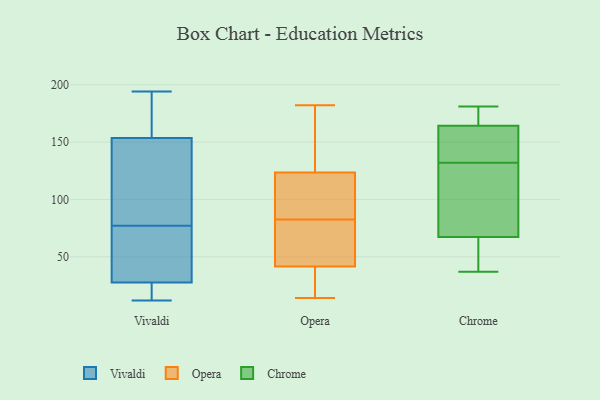
{"axis": {"x": "Inventory Turnover", "y": "Value"}, "legend": ["Chrome", "Opera", "Vivaldi"], "data": [{"x": "", "y": 51, "type": "Vivaldi"}, {"x": "", "y": 152, "type": "Vivaldi"}, {"x": "", "y": 159, "type": "Vivaldi"}, {"x": "", "y": 12, "type": "Vivaldi"}, {"x": "", "y": 183, "type": "Vivaldi"}, {"x": "", "y": 110, "type": "Vivaldi"}, {"x": "", "y": 38, "type": "Vivaldi"}, {"x": "", "y": 159, "type": "Vivaldi"}, {"x": "", "y": 69, "type": "Vivaldi"}, {"x": "", "y": 18, "type": "Vivaldi"}, {"x": "", "y": 194, "type": "Vivaldi"}, {"x": "", "y": 51, "type": "Vivaldi"}, {"x": "", "y": 18, "type": "Vivaldi"}, {"x": "", "y": 19, "type": "Vivaldi"}, {"x": "", "y": 24, "type": "Vivaldi"}, {"x": "", "y": 79, "type": "Vivaldi"}, {"x": "", "y": 77, "type": "Vivaldi"}, {"x": "", "y": 113, "type": "Vivaldi"}, {"x": "", "y": 154, "type": "Vivaldi"}, {"x": "", "y": 45, "type": "Opera"}, {"x": "", "y": 182, "type": "Opera"}, {"x": "", "y": 50, "type": "Opera"}, {"x": "", "y": 31, "type": "Opera"}, {"x": "", "y": 81, "type": "Opera"}, {"x": "", "y": 107, "type": "Opera"}, {"x": "", "y": 144, "type": "Opera"}, {"x": "", "y": 38, "type": "Opera"}, {"x": "", "y": 163, "type": "Opera"}, {"x": "", "y": 14, "type": "Opera"}, {"x": "", "y": 84, "type": "Opera"}, {"x": "", "y": 54, "type": "Opera"}, {"x": "", "y": 18, "type": "Opera"}, {"x": "", "y": 126, "type": "Opera"}, {"x": "", "y": 121, "type": "Opera"}, {"x": "", "y": 99, "type": "Opera"}, {"x": "", "y": 176, "type": "Opera"}, {"x": "", "y": 17, "type": "Opera"}, {"x": "", "y": 51, "type": "Opera"}, {"x": "", "y": 100, "type": "Opera"}, {"x": "", "y": 181, "type": "Chrome"}, {"x": "", "y": 43, "type": "Chrome"}, {"x": "", "y": 132, "type": "Chrome"}, {"x": "", "y": 167, "type": "Chrome"}, {"x": "", "y": 71, "type": "Chrome"}, {"x": "", "y": 180, "type": "Chrome"}, {"x": "", "y": 154, "type": "Chrome"}, {"x": "", "y": 155, "type": "Chrome"}, {"x": "", "y": 60, "type": "Chrome"}, {"x": "", "y": 37, "type": "Chrome"}, {"x": "", "y": 156, "type": "Chrome"}, {"x": "", "y": 170, "type": "Chrome"}, {"x": "", "y": 98, "type": "Chrome"}, {"x": "", "y": 66, "type": "Chrome"}, {"x": "", "y": 97, "type": "Chrome"}]}